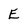
Character: E